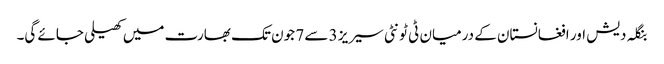
بنگلہ دیش اور افغانستان کے درمیان ٹی ٹونٹی سیریز 3 سے 7 جون تک بھارت میں کھیلی جائے گی۔